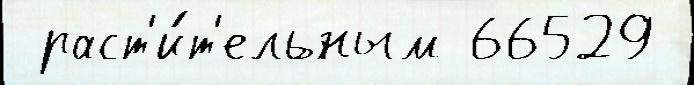
 раст'и́т'ельным 66529